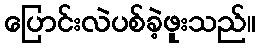
ပြောင်းလဲပစ်ခဲ့ဖူးသည်။